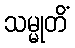
သမ္မုတိံ